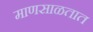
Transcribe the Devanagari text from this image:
माणसाळतात